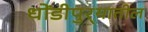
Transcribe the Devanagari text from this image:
धोंडीपुर्‍यातील